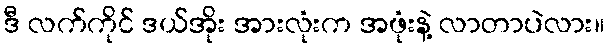
ဒီ လက်ကိုင် ဒယ်အိုး အားလုံးက အဖုံးနဲ့ လာတာပဲလား။